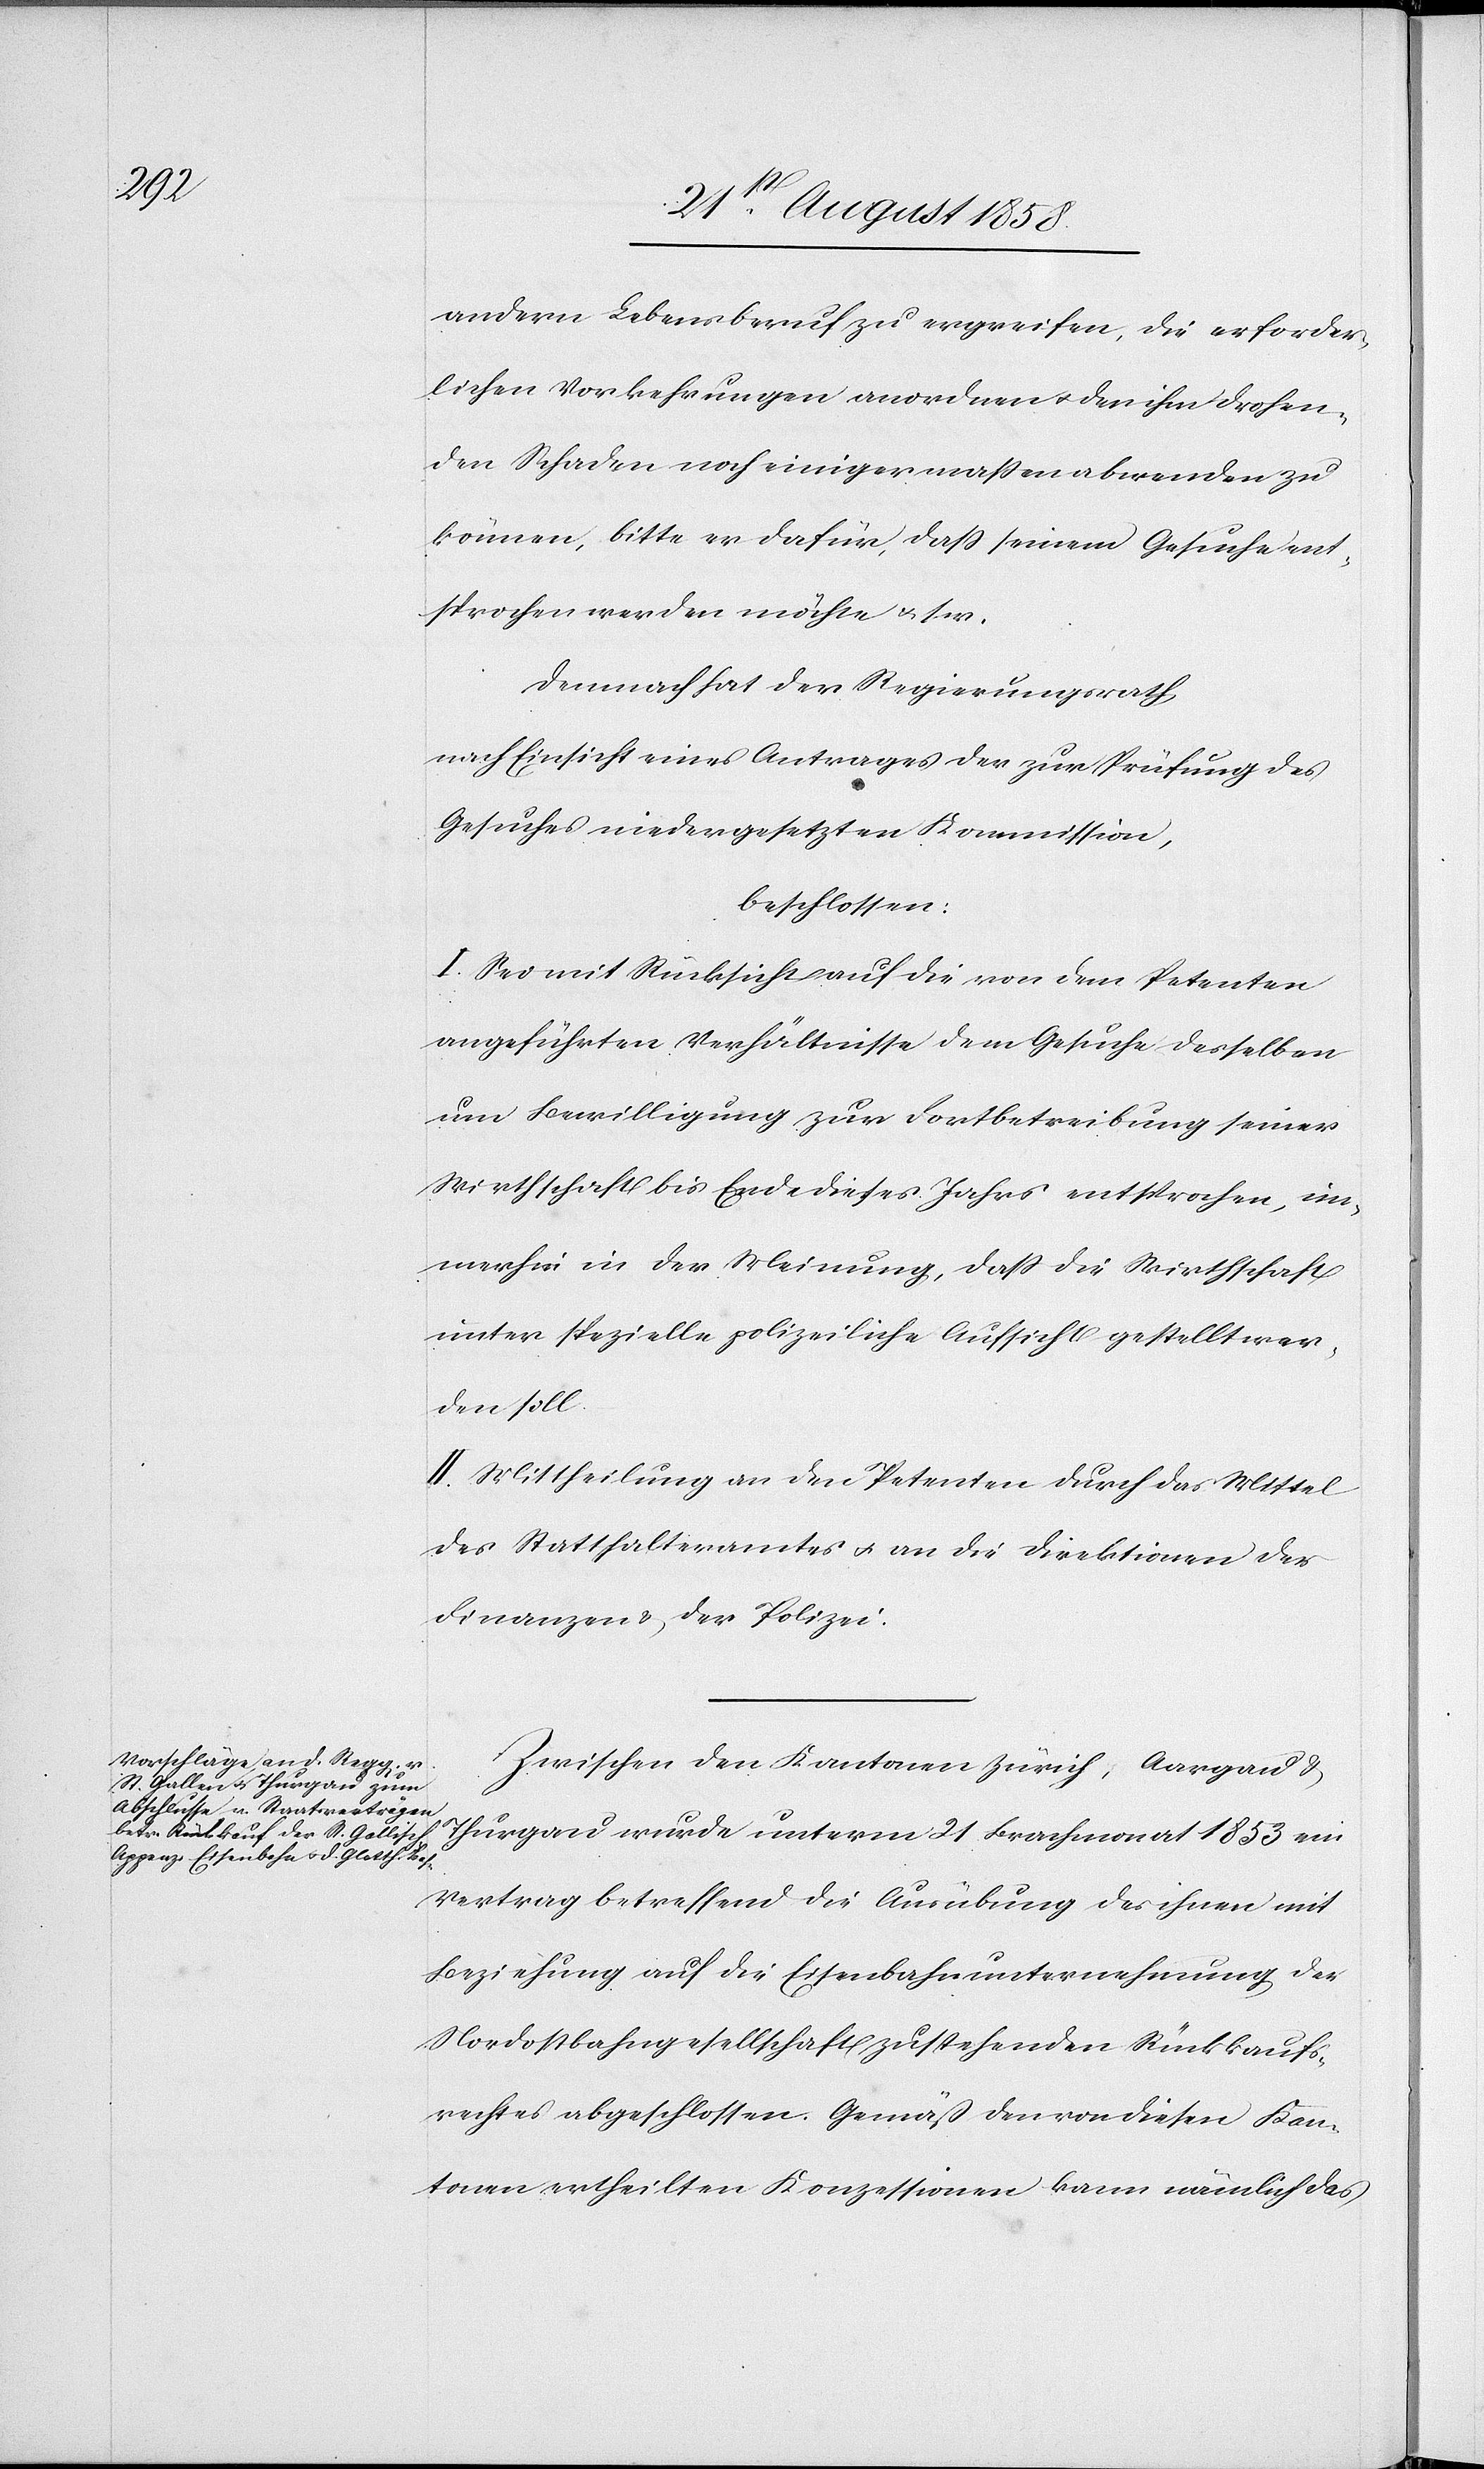
andern Lebensberuf zu ergreifen, die erforder¬
lichen Vorkehrungen anordnen & den ihm drohen¬
den Schaden noch einigermaßen abwenden zu
können, bitte er dafür, dass seinem Gesuche ent¬
sprochen werden möchte & s. w.
Demnach hat der Regierungsrath
nach Einsicht eines Antrages der zur Prüfung des
Gesuches niedergesetzten Kommission,
beschlossen:
I. Sei mit Rücksicht auf die von dem Petenten
angeführten Verhältnisse dem Gesuche desselben
um Bewilligung zur Fortbetreibung seiner
Wirthschaft bis Ende dieses Jahrs entsprochen, im¬
merhin in der Meinung, dass die Wirthschaft
unter spezielle polizeiliche Aufsicht gestellt wer¬
den soll.
II. Mittheilung an den Petenten durch das Mittel
des Statthalteramtes & an die Direktionen der
Finanzen & der Polizei.
Zwischen den Kantonen Zürich, Aargau &
Thurgau wurde unterm 21 Brachmonat 1853 ein
Vertrag betreffend die Ausübung des ihnen mit
Beziehung auf die Eisenbahnunternehmung der
Nordostbahngesellschaft zustehenden Rückkaufs¬
rechtes abgeschlossen. Gemäß den von diesen Kan¬
tonen ertheilten Konzessionen kann nämlich das